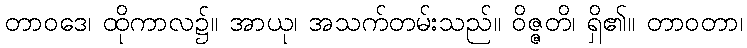
တာဝဒေ၊ ထိုကာလ၌။ အာယု၊ အသက်တမ်းသည်။ ဝိဇ္ဇတိ၊ ရှိ၏။ တာဝတာ၊